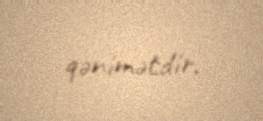
qənimətdir.